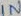
Text: IN